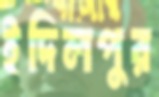
ইদিলপুর